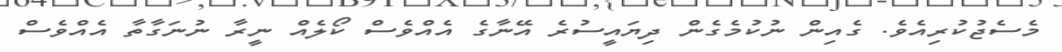
މެސެޖުކުރިއެވެ. ގެއިން ނުކުމެގެން ދިޔައީސުރެ އޭނާގެ އެއްވެސް ކޯލެއް ނީރާ ނުނަގާތާ އެއްވެސް